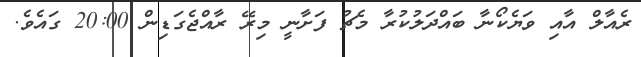
ރެއާލް އާއި ވަޔެކޯނާ ބައްދަލުކުރާ މެޗު ފަށާނީ މިރޭ ރާއްޖެގަޑިން 20:00 ގައެވެ.